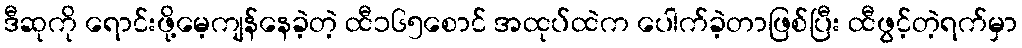
ဒီဆုကို ရောင်းဖို့မေ့ကျန်နေခဲ့တဲ့ ထီ၁၆၅စောင် အထုပ်ထဲက ပေါက်ခဲ့တာဖြစ်ပြီး ထီဖွင့်တဲ့ရက်မှာ